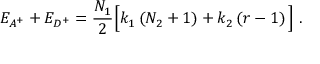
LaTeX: E _ { A ^ { + } } + E _ { D ^ { + } } = \frac { N _ { 1 } } { 2 } \Big [ k _ { 1 } \left( N _ { 2 } + 1 \right) + k _ { 2 } \left( r - 1 \right) \Big ] \; .